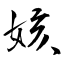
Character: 姟